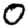
Digit: 0